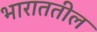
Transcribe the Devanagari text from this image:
भाराततील